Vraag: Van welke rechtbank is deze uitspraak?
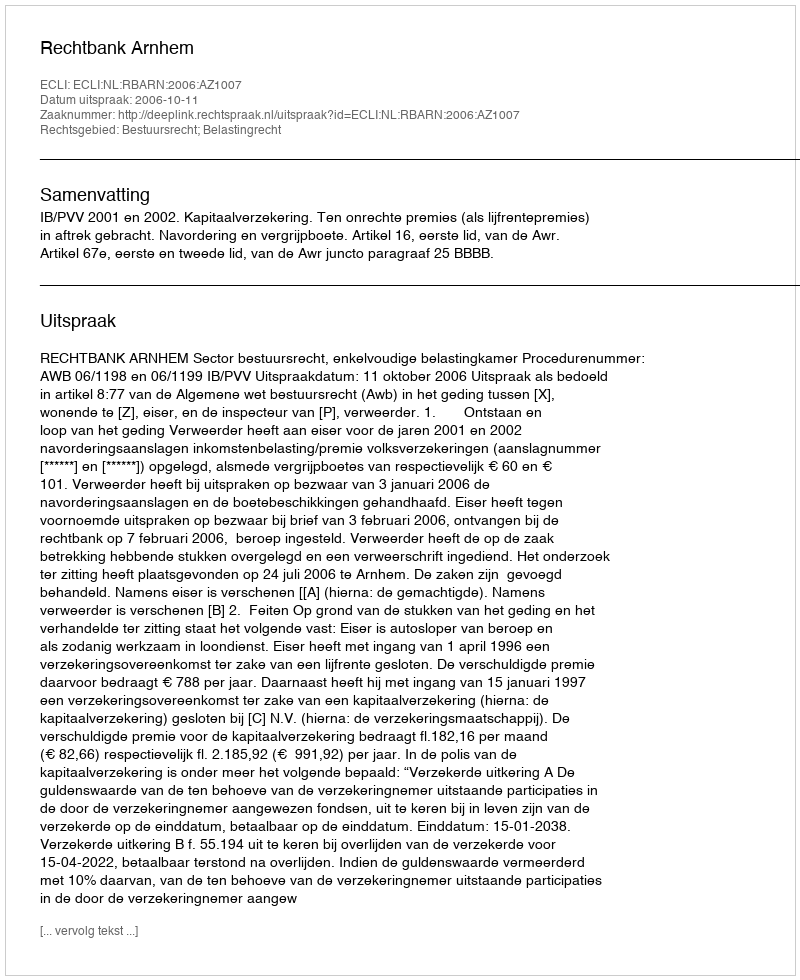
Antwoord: Rechtbank Arnhem